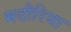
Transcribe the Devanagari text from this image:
मदौरिया